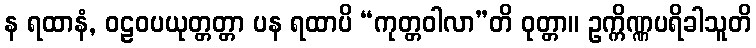
န ရထာနံ, ဝဠဝပယုတ္တတ္တာ ပန ရထာပိ “ကုတ္တဝါလာ”တိ ဝုတ္တာ။ ဥက္ကိဏ္ဏပရိခါသူတိ